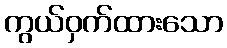
ကွယ်ဝှက်ထားသော